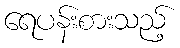
ရေပန်းစားသည့်